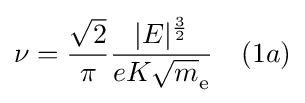
\nu ={\frac {\sqrt {2}}{\pi }}{\frac {\vert E\vert ^{\frac {3}{2}}}{eK{\sqrt {m}}_{\text{e}}}}\ \ \ (1a)